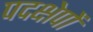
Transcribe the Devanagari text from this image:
पदक्षेपों